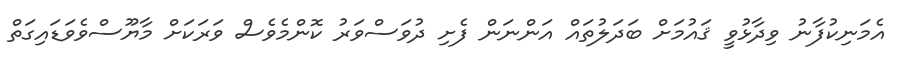
އެމަނިކުފާނު ވިދާޅުވީ ޤައުމަށް ބަދަލުތައް އަންނަން ފެށި ދުވަސްވަރު ކޮންމެވެސް ވަރަކަށް މާޔޫސްވެވަޑައިގަތް